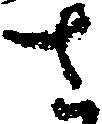
さ